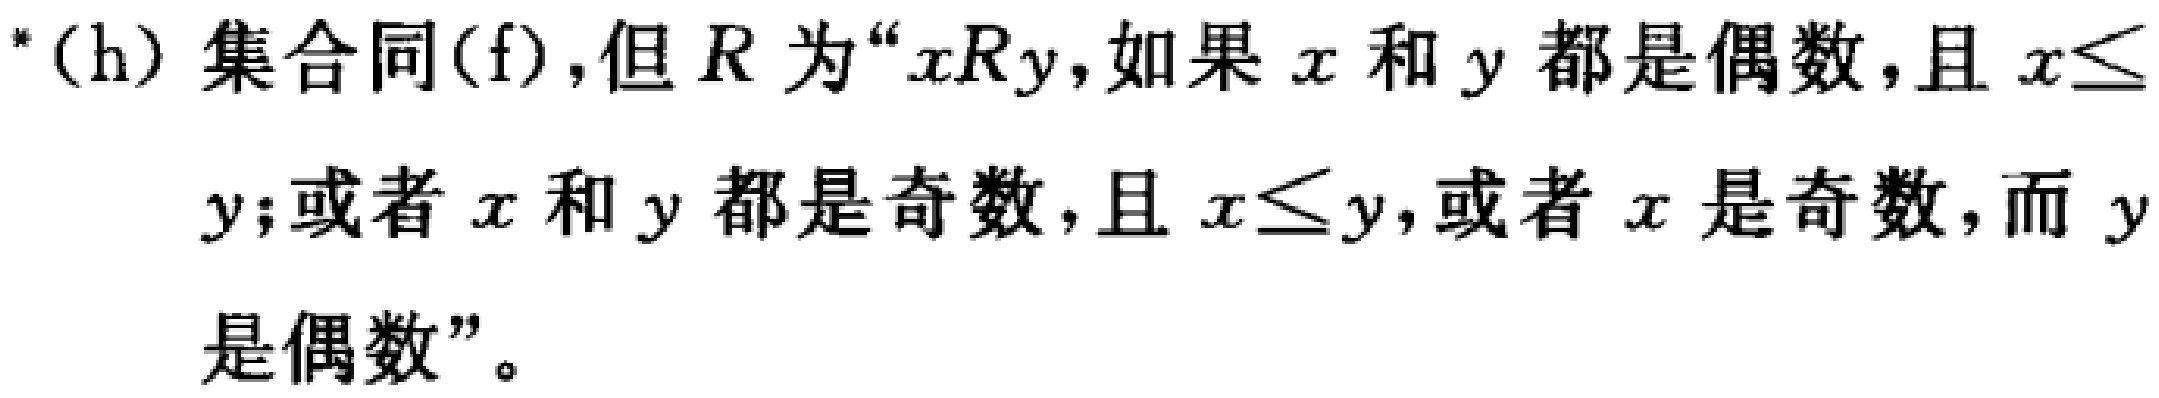
*(h) 集合同(f),但\(R\)为“\(xRy\),如果\(x\)和\(y\)都是偶数,且\(x\leq y\);或者\(x\)和\(y\)都是奇数,且\(x\leq y\),或者\(x\)是奇数,而\(y\)是偶数”。